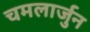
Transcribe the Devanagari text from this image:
चमलार्जुन